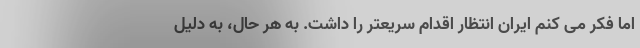
اما فکر می کنم ایران انتظار اقدام سریعتر را داشت. به هر حال، به دلیل